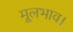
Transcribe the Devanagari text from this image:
मूलभाव।